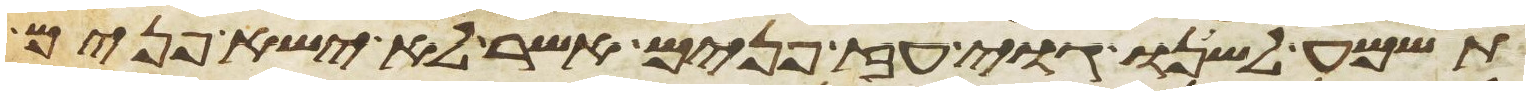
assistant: תשמע לשנו גוי עז פנים אשר לא ישא פנים